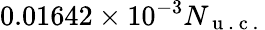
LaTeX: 0.01642\times 10^{-3}N_{\mathrm{~u~.~c~.~}}